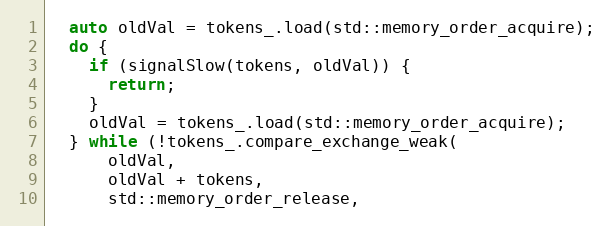
Language: C++
  auto oldVal = tokens_.load(std::memory_order_acquire);
  do {
    if (signalSlow(tokens, oldVal)) {
      return;
    }
    oldVal = tokens_.load(std::memory_order_acquire);
  } while (!tokens_.compare_exchange_weak(
      oldVal,
      oldVal + tokens,
      std::memory_order_release,